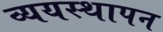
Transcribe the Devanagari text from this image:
व्ययस्थापन